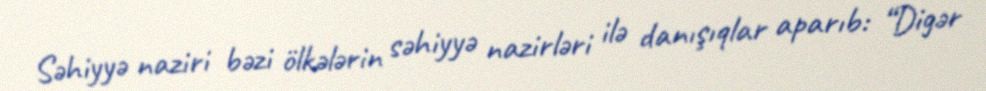
Səhiyyə naziri bəzi ölkələrin səhiyyə nazirləri ilə danışıqlar aparıb: “Digər